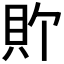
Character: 𫎑